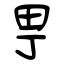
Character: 甼